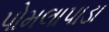
પોમલાપાડા